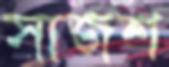
সাজশ